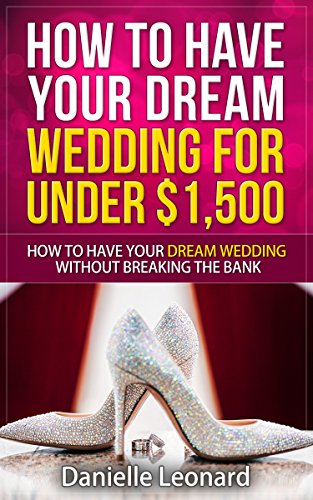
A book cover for How to Have Your Dream Wedding for Under $1,500: How to Have Your Dream Wedding Without Breaking the Bank! (Budget Wedding); Danielle Leonard; Crafts, Hobbies & Home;